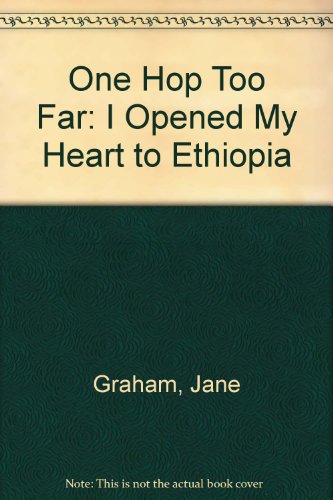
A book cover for One Hop Too Far: I Opened My Heart to Ethiopia; Jane Graham; Travel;